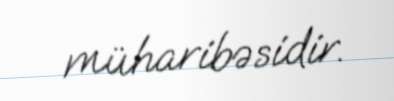
müharibəsidir.